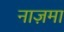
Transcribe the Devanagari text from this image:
नाज़मा